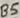
Text: B5